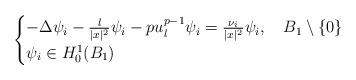
LaTeX: \begin{align*}\begin{cases}-\Delta \psi_i-\frac{\l}{|x|^2}\psi_i-pu_{\l}^{p-1}\psi_i=\frac{\nu_i}{|x|^2}\psi_i, \ \ \ B_1\setminus\{0\}\\\psi_i\in H^1_0(B_1)\end{cases}\end{align*}